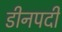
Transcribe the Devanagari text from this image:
डीनपदी